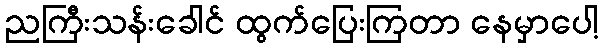
ညကြီးသန်းခေါင် ထွက်ပြေးကြတာ နေမှာပေါ့